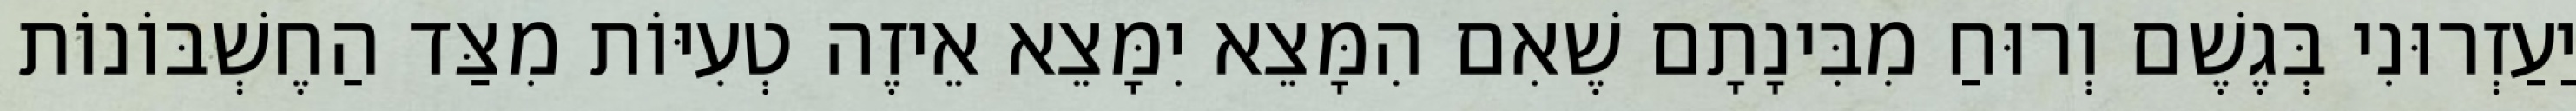
יַעַזְרוּנִי בְּגֶשֶׁם וְרוּחַ מִבִּינָתָם שֶׁאִם הִמָּצֵא יִמָּצֵא אֵיזֶה טְעִיּוֹת מִצַּד הַחֶשְׁבּוֹנוֹת